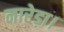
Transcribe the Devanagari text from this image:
नारेड़ा।